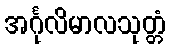
အင်္ဂုလိမာလသုတ္တံ